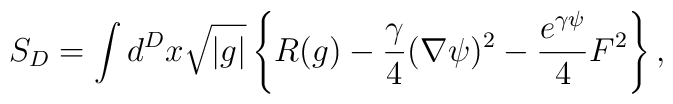
S_{D} = \int d^D x \sqrt{|g|} \left\{ R(g) -\frac{\gamma}4(\nabla\psi)^2 - \frac{e^{\gamma\psi}}4 F^2\right\},